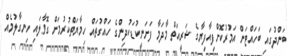
ބަންދުގައި ބަހައްޓަން އަމުރުކޮށްފިއާފިޔާގެ ޝަރީއަތް މާދަމާ ފަށަނީކުޑަކުދިންގެ ހައްގުތައް ހިމާޔަތްކުރުމަށް ގޮވާލައި ހިނގާލުމެއް